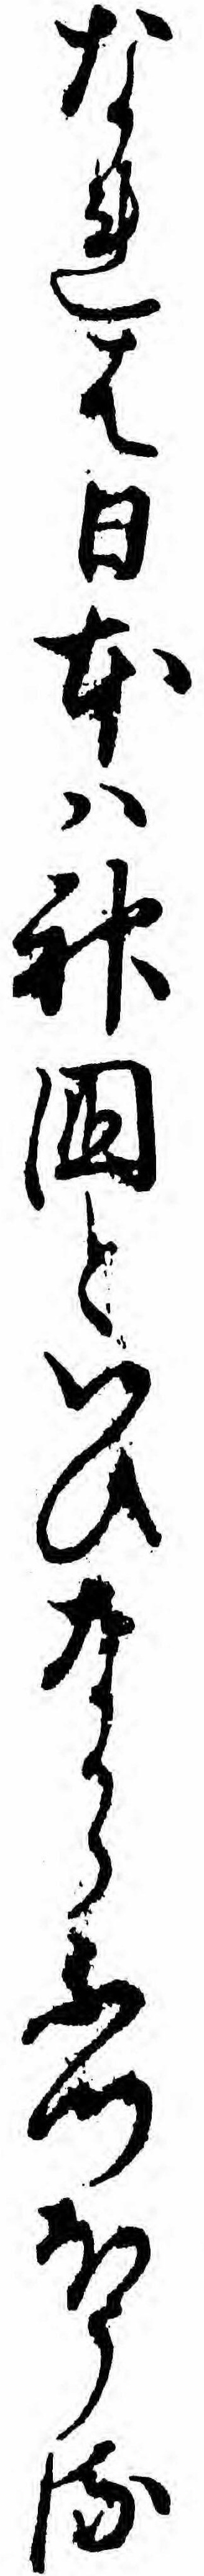
なれは日本ハ神国といひなからふつほうる